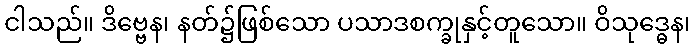
ငါသည်။ ဒိဗ္ဗေန၊ နတ်၌ဖြစ်သော ပသာဒစက္ခုနှင့်တူသော။ ဝိသုဒ္ဓေန၊